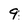
Character: 9